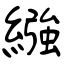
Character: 繦